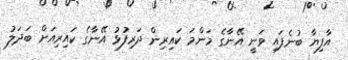
އާފިޔާ ބުނެފައި ވަނީ އޭނާގެ މަންމަ ކައިރިން ދަރިފުޅު އޭނާގެ ކައިރިއަށް ބަދަލު